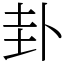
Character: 卦